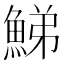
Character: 鮷